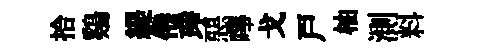
拾鷄緹倦琤惡嗶戈戸柚測料